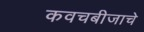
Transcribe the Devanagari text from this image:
कवचबीजाचे